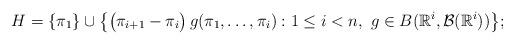
\begin{gather*}H=\{\pi_1\}\cup\bigl\{\bigl(\pi_{i+1}-\pi_i\bigr)\,g(\pi_1,\ldots,\pi_i):1\le i<n,\,\,g\in B(\mathbb{R}^i,\mathcal{B}(\mathbb{R}^i))\bigr\};\end{gather*}